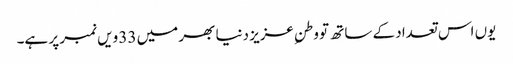
یوں اس تعداد کے ساتھ تو وطنِ عزیز دنیا بھر میں 33 ویں نمبر پر ہے۔